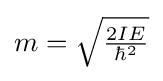
{\textstyle m={\sqrt {\frac {2IE}{\hbar ^{2}}}}}